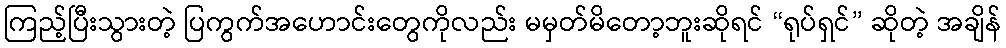
ကြည့်ပြီးသွားတဲ့ ပြကွက်အဟောင်းတွေကိုလည်း မမှတ်မိတော့ဘူးဆိုရင် “ရုပ်ရှင်” ဆိုတဲ့ အချိန်